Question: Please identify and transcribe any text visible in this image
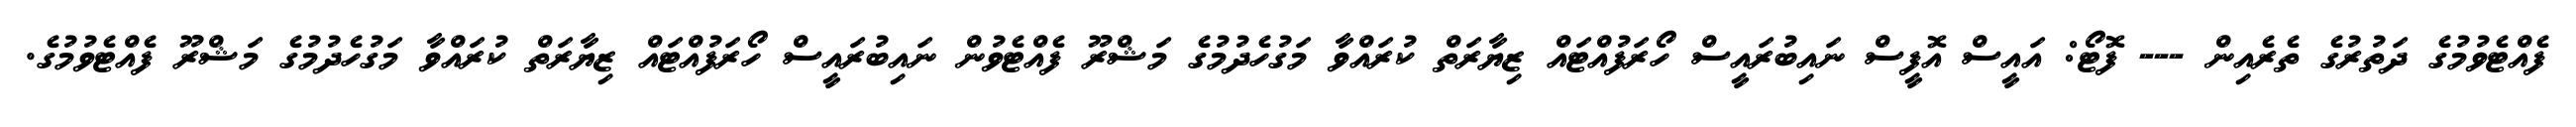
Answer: ފެއްޓެވުމުގެ ދަތުރުގެ ތެރެއިން --- ފޮޓޯ: އައީސް އޮފީސް ނައިބުރައީސް ހޯރަފުއްޓައް ޒިޔާރަތް ކުރައްވާ މަގުހެދުމުގެ މަޝްރޫ ފެއްޓެވުން ނައިބުރައީސް ހޯރަފުއްޓައް ޒިޔާރަތް ކުރައްވާ މަގުހެދުމުގެ މަޝްރޫ ފެއްޓެވުމުގެ.